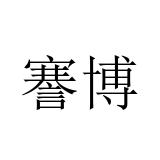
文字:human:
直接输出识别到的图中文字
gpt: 謇博